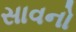
સાવનો